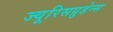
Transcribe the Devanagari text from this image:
ज्यूरिसप्रुडेन्स